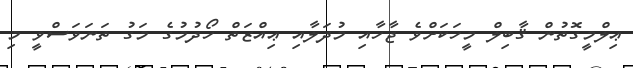
ޢިލްމީގޮތުން ޤާބިލް މީހަކަށްވެ ޖާހާއި މުދަލާއި ޢިއްޒަތް ހޯދުމުގެ މަގު ތަނަވަސްވީ މި